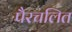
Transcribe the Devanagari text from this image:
पैरचलित